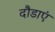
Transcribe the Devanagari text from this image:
दौडाएं